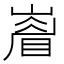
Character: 𭗙